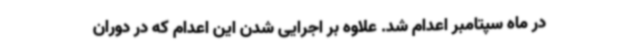
در ماه سپتامبر اعدام شد. علاوه بر اجرایی شدن این اعدام که در دوران